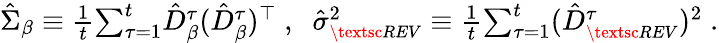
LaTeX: \begin{array}{r}{\hat{\Sigma}_{\beta}\equiv\frac{1}{t}{\sum_{\tau=1}^{t}}\hat{D}_{\beta}^{\tau}(\hat{D}_{\beta}^{\tau})^{\top}\; ,\; \; \hat{\sigma}_{\small\textsc{{REV}}}^{2}\equiv\frac{1}{t}{\sum_{\tau=1}^{t}}(\hat{D}_{\small\textsc{{REV}}}^{\tau})^{2}\; .}\end{array}